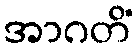
အာဂတိံ